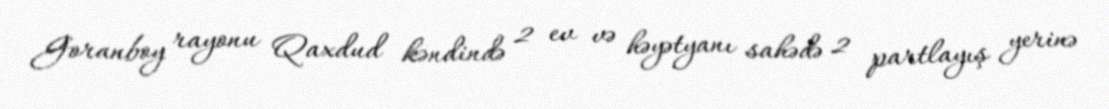
Goranboy rayonu Qaxdud kəndində 2 ev və həyətyanı sahədə 2 partlayış yerinə